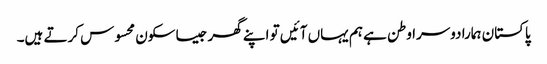
پاکستان ہمارا دوسرا وطن ہے ہم یہاں آئیں تو اپنے گھر جیسا سکون محسوس کرتے ہیں۔